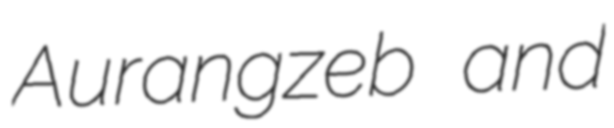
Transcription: Aurangzeb and